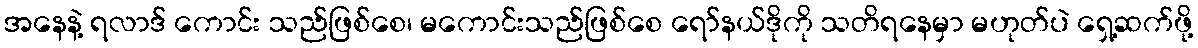
အနေနဲ့ ရလာဒ် ကောင်း သည်ဖြစ်စေ၊ မကောင်းသည်ဖြစ်စေ ရော်နယ်ဒိုကို သတိရနေမှာ မဟုတ်ပဲ ရှေ့ဆက်ဖို့